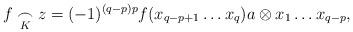
LaTeX: \begin{align*} f\underset{K}{\frown} z = (-1)^{(q-p)p} f(x_{q-p+1} \ldots x_q)a \otimes x_1 \ldots x_{q-p},\end{align*}